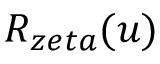
R _ { z e t a } ( u )